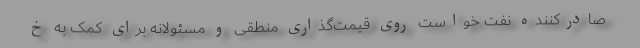
صادرکننده نفت خواست روی قیمت‌گذاری منطقی و مسئولانه برای کمک به خ